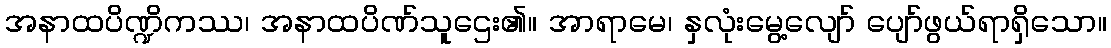
အနာထပိဏ္ဍိကဿ၊ အနာထပိဏ်သူဌေး၏။ အာရာမေ၊ နှလုံးမွေ့လျော် ပျော်ဖွယ်ရာရှိသော။